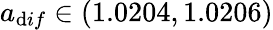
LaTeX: a_{\mathrm{d}if}\in(1.0204,1.0206)